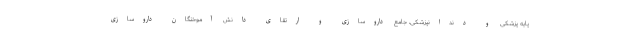
پایه پزشکی و دندانپزشکی، جامع داروسازی و ارتقای دانش آموختگان داروسازی